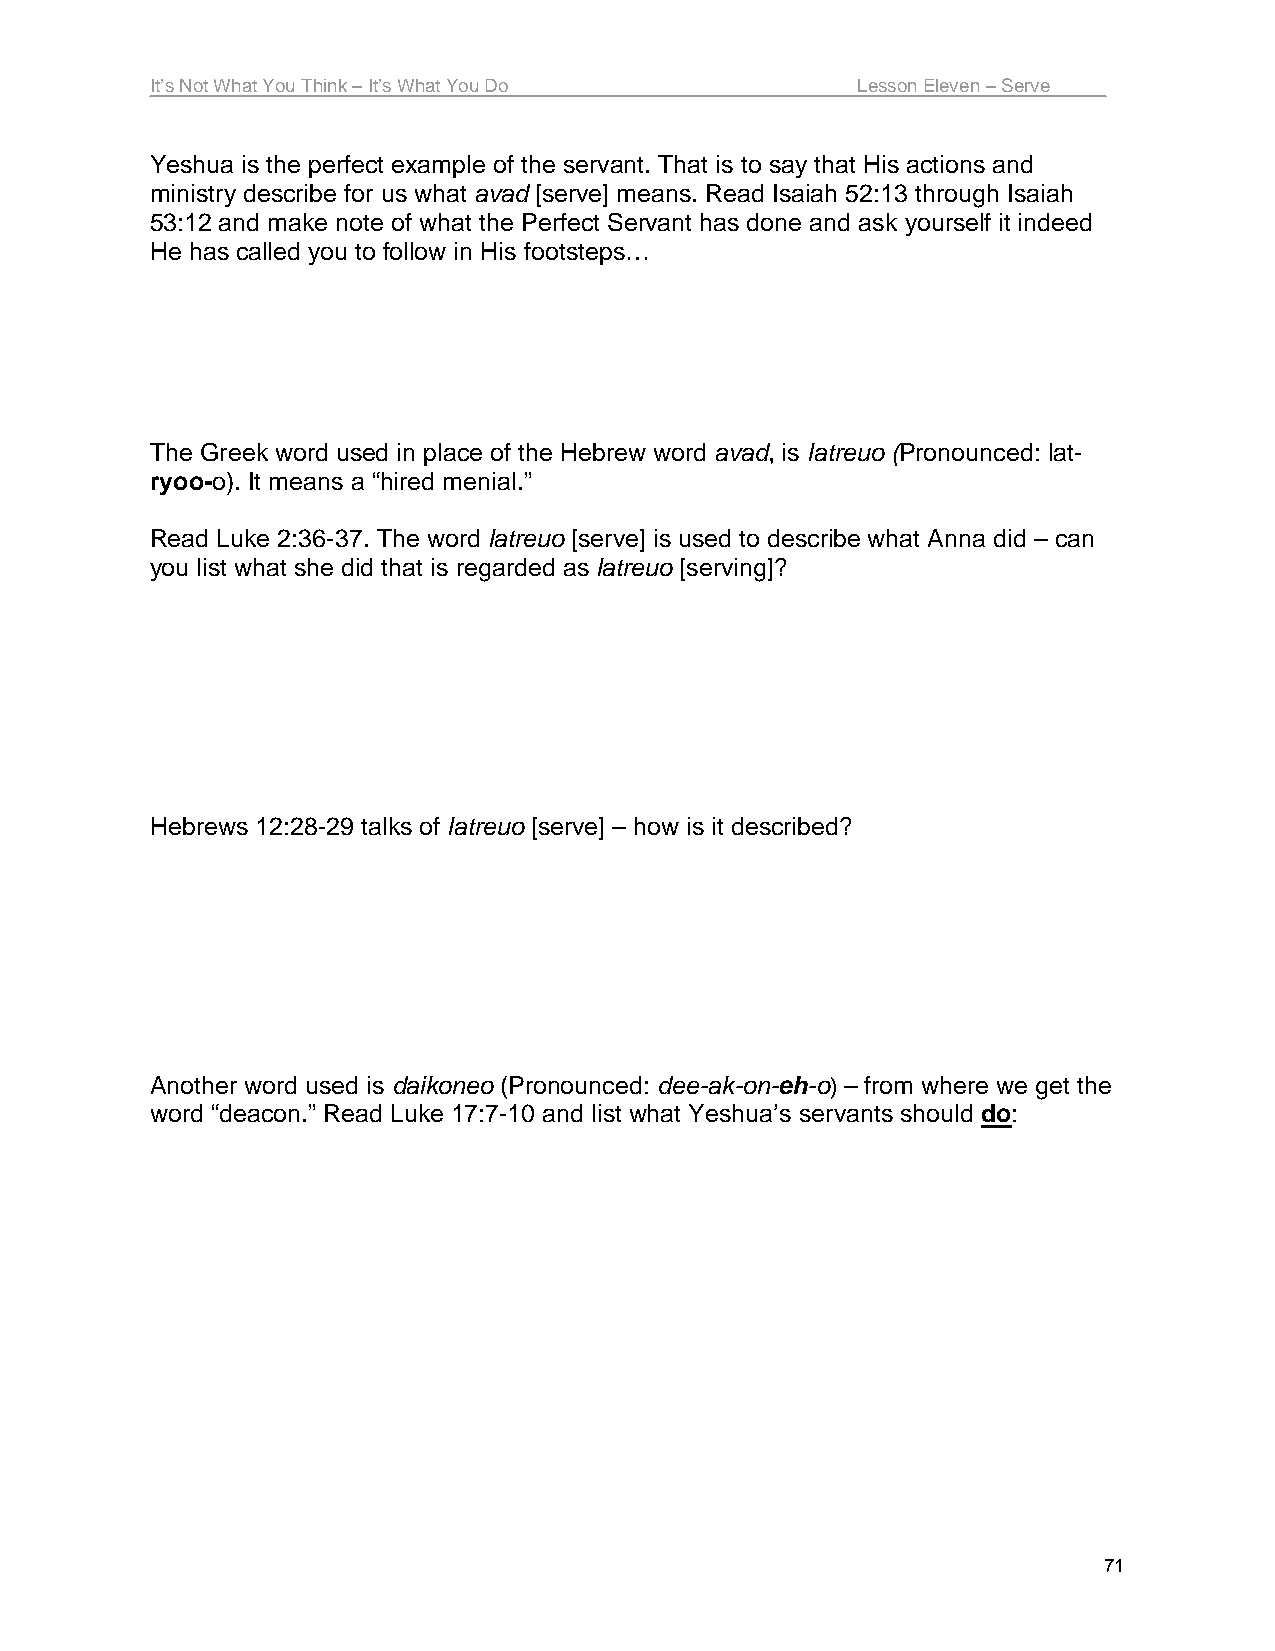
It’s Not What You Think – It’s What You Do     Lesson Eleven – Serve
 Yeshua is the perfect example of the servant. That is to say that His actions and
 ministry describe for us what avad [serve] means. Read Isaiah 52:13 through Isaiah
 53:12 and make note of what the Perfect Servant has done and ask yourself it indeed
 He has called you to follow in His footsteps…
 The Greek word used in place of the Hebrew word avad, is latreuo (Pronounced: lat-
 ryoo-o). It means a “hired menial.”
 Read Luke 2:36-37. The word latreuo [serve] is used to describe what Anna did – can
 you list what she did that is regarded as latreuo [serving]?
 Hebrews 12:28-29 talks of latreuo [serve] – how is it described?
 Another word used is daikoneo (Pronounced: dee-ak-on-eh-o) – from where we get the
 word “deacon.” Read Luke 17:7-10 and list what Yeshua’s servants should do:
 71